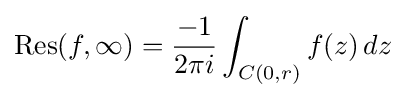
\operatorname {Res} (f,\infty )={-1 \over 2\pi i}\int _{C(0,r)}f(z)\,dz